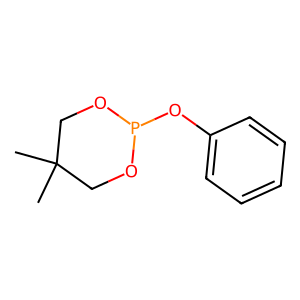
SMILES: CC1(C)COP(Oc2ccccc2)OC1
Inhibits HIV replication: No